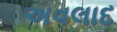
અવલાદ